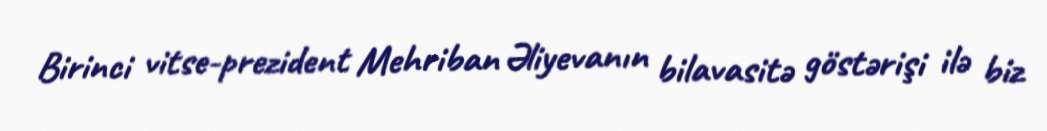
Birinci vitse-prezident Mehriban Əliyevanın bilavasitə göstərişi ilə biz